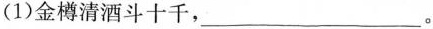
(1)金樽清酒斗十千，___。